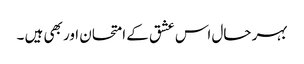
بہر حال اس عشق کے امتحان اور بھی ہیں ۔